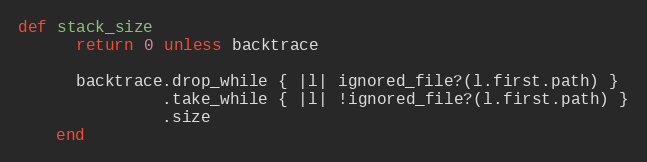
Language: Ruby
def stack_size
      return 0 unless backtrace

      backtrace.drop_while { |l| ignored_file?(l.first.path) }
               .take_while { |l| !ignored_file?(l.first.path) }
               .size
    end